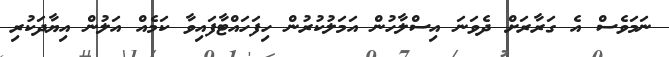
ނަމަވެސް އެ ގަރާރަށް ދެވަނަ އިސްލާހުން އަމަލުކުރުން ހިފަހައްޓާފައިވާ ކަމެއް އަލުން އިޔާދަކުރި